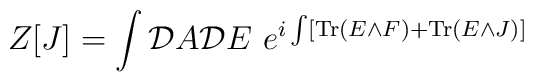
Z[J]=\int {\cal D}A {\cal D}E \,\,e^{i\int [{\rm Tr}\left( E\wedge F\right) + {\rm Tr}\left( E\wedge J\right) ]}